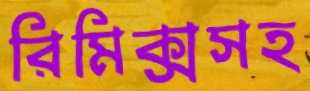
রিমিক্সসহ